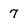
Character: 7